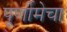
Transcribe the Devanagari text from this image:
पूर्णीमेचा